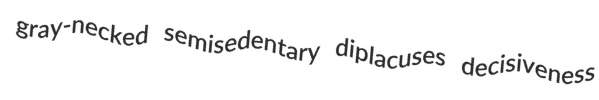
gray-necked semisedentary diplacuses decisiveness